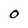
Character: 0